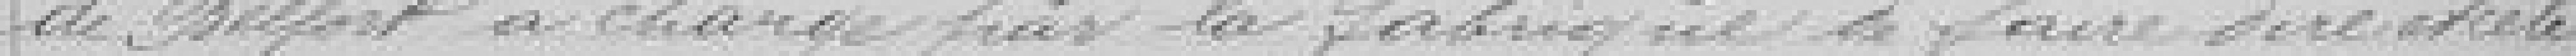
de Belfort à charge par la fabrique à faire dire et célé